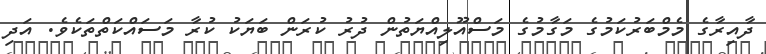
ދާއިރާގެ މެމްބަރުކަމުގެ މަގާމުގެ މަސްއޫލިއްޔަތުން ދުރު ކުރަން ބަޔަކު ކުރާ މަސައްކަތްތަކެވެ. އަދި